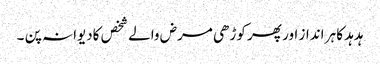
ہدہد کا ہر انداز اور پھر کوڑھی مرض والے شخص کادیوانہ پن ۔